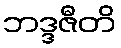
ဘဒ္ဒဇီတိ